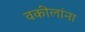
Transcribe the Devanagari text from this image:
वकीलांना